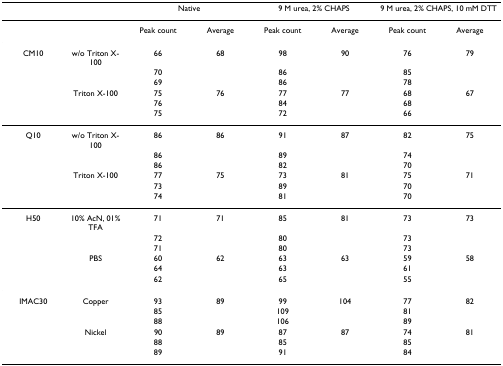
|  |  | <COLSPAN=2> Native | <COLSPAN=2> 9 M urea, 2% CHAPS | <COLSPAN=2> 9 M urea, 2% CHAPS, 10 mM DTT |
 | --- | --- | --- | --- | --- | --- | --- | --- |
 |  |  | Peak count | Average | Peak count | Average | Peak count | Average |
 | CM10 | w/o Triton X-100 | 66 | 68 | 98 | 90 | 76 | 79 |
 |  |  | 70 |  | 86 |  | 85 |  |
 |  |  | 69 |  | 86 |  | 78 |  |
 |  | Triton X-100 | 75 | 76 | 77 | 77 | 68 | 67 |
 |  |  | 76 |  | 84 |  | 68 |  |
 |  |  | 75 |  | 72 |  | 66 |  |
 | Q10 | w/o Triton X-100 | 86 | 86 | 91 | 87 | 82 | 75 |
 |  |  | 86 |  | 89 |  | 74 |  |
 |  |  | 86 |  | 82 |  | 70 |  |
 |  | Triton X-100 | 77 | 75 | 73 | 81 | 75 | 71 |
 |  |  | 73 |  | 89 |  | 70 |  |
 |  |  | 74 |  | 81 |  | 70 |  |
 | H50 | 10% AcN, 01% TFA | 71 | 71 | 85 | 81 | 73 | 73 |
 |  |  | 72 |  | 80 |  | 73 |  |
 |  |  | 71 |  | 80 |  | 73 |  |
 |  | PBS | 60 | 62 | 63 | 63 | 59 | 58 |
 |  |  | 64 |  | 63 |  | 61 |  |
 |  |  | 62 |  | 65 |  | 55 |  |
 | IMAC30 | Copper | 93 | 89 | 99 | 104 | 77 | 82 |
 |  |  | 85 |  | 109 |  | 81 |  |
 |  |  | 88 |  | 106 |  | 89 |  |
 |  | Nickel | 90 | 89 | 87 | 87 | 74 | 81 |
 |  |  | 88 |  | 85 |  | 85 |  |
 |  |  | 89 |  | 91 |  | 84 |  |